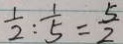
\frac { 1 } { 2 } : \frac { 1 } { 5 } = \frac { 5 } { 2 }